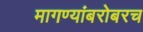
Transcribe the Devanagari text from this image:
मागण्यांबरोबरच